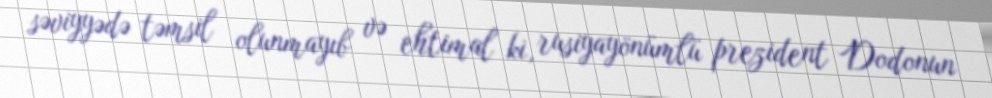
səviyyədə təmsil olunmayıb və ehtimal ki, rusiyayönümlü prezident Dodonun